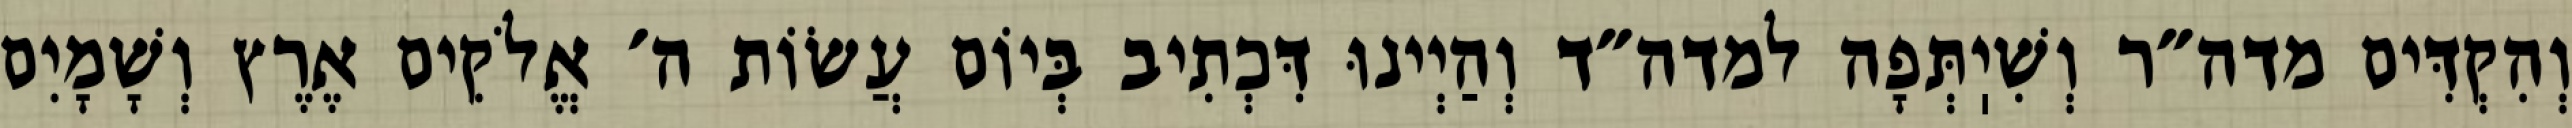
וְהִקְדִּים מדה״ר וְשִׁיֽתְּפָה למדה״ד וְהַיְינוּ דִּכְתִיב בְּיוֹם עֲשׂוֹת ה׳ אֱלֹקִים אֶרֶץ וְשָׁמָיִם